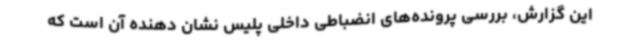
این گزارش، بررسی پرونده‌های انضباطی داخلی پلیس نشان دهنده آن است که